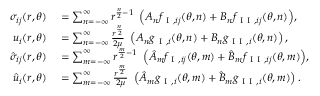
\begin{array} { r l } { \sigma _ { i j } ( r , \theta ) } & { { } = \sum _ { n = - \infty } ^ { \infty } { r ^ { \frac { n } { 2 } - 1 } \ \left( A _ { n } f _ { \mathrm { ~ I ~ } , i j } ( \theta , n ) + B _ { n } f _ { \mathrm { ~ I ~ I ~ } , i j } ( \theta , n ) \right) } , } \\ { u _ { i } ( r , \theta ) } & { { } = \sum _ { n = - \infty } ^ { \infty } \frac { r ^ { \frac { n } { 2 } } } { 2 \mu } \ \left( A _ { n } g _ { \mathrm { ~ I ~ } , i } ( \theta , n ) + B _ { n } g _ { \mathrm { ~ I ~ I ~ } , i } ( \theta , n ) \right) , } \\ { \hat { \sigma } _ { i j } ( r , \theta ) } & { { } = \sum _ { m = - \infty } ^ { \infty } { r ^ { \frac { m } { 2 } - 1 } \ \left( \hat { A } _ { m } f _ { \mathrm { ~ I ~ } , i j } ( \theta , m ) + \hat { B } _ { m } f _ { \mathrm { ~ I ~ I ~ } , i j } ( \theta , m ) \right) } , } \\ { \hat { u } _ { i } ( r , \theta ) } & { { } = \sum _ { m = - \infty } ^ { \infty } \frac { r ^ { \frac { m } { 2 } } } { 2 \mu } \ \left( \hat { A } _ { m } g _ { \mathrm { ~ I ~ } , i } ( \theta , m ) + \hat { B } _ { m } g _ { \mathrm { ~ I ~ I ~ } , i } ( \theta , m ) \right) . } \end{array}